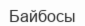
Байбосы